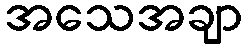
အသေအချာ